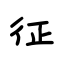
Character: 征